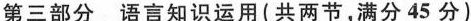
第三部分 语言知识运用(共两节,满分 45 分)